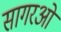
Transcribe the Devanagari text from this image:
सागरओं